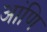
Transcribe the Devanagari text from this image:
आंणि